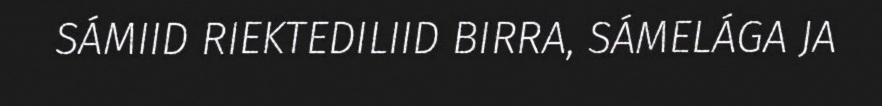
SÁMIID RIEKTEDILIID BIRRA, SÁMELÁGA JA